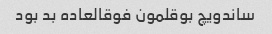
ساندویچ بوقلمون فوقالعاده بد بود